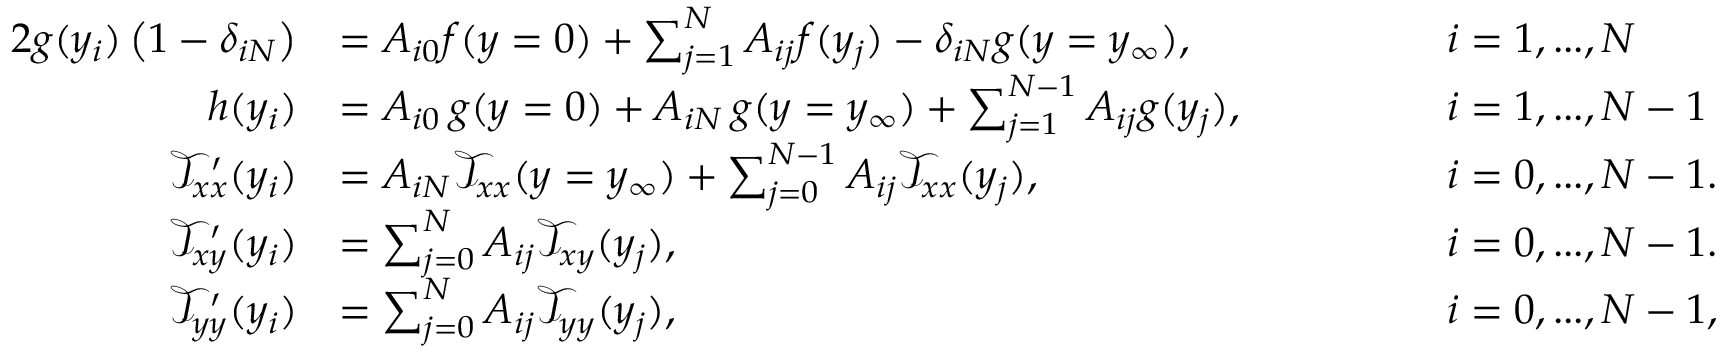
\begin{array} { r l r l } { { 2 } g ( y _ { i } ) \left( 1 - \delta _ { i N } \right) } & { = A _ { i 0 } f ( y = 0 ) + \sum _ { j = 1 } ^ { N } A _ { i j } f ( y _ { j } ) - \delta _ { i N } g ( y = y _ { \infty } ) , \quad \quad \quad } & & { i = 1 , . . . , N } \\ { h ( y _ { i } ) } & { = A _ { i 0 } \, g ( y = 0 ) + A _ { i N } \, g ( y = y _ { \infty } ) + \sum _ { j = 1 } ^ { N - 1 } A _ { i j } g ( y _ { j } ) , \quad \quad \quad } & & { i = 1 , . . . , N - 1 } \\ { \mathcal { T } _ { x x } ^ { \prime } ( y _ { i } ) } & { = A _ { i N } \mathcal { T } _ { x x } ( y = y _ { \infty } ) + \sum _ { j = 0 } ^ { N - 1 } A _ { i j } \mathcal { T } _ { x x } ( y _ { j } ) , \quad \quad \quad } & & { i = 0 , . . . , N - 1 . } \\ { \mathcal { T } _ { x y } ^ { \prime } ( y _ { i } ) } & { = \sum _ { j = 0 } ^ { N } A _ { i j } \mathcal { T } _ { x y } ( y _ { j } ) , \quad \quad \quad } & & { i = 0 , . . . , N - 1 . } \\ { \mathcal { T } _ { y y } ^ { \prime } ( y _ { i } ) } & { = \sum _ { j = 0 } ^ { N } A _ { i j } \mathcal { T } _ { y y } ( y _ { j } ) , \quad \quad \quad } & & { i = 0 , . . . , N - 1 , } \end{array}